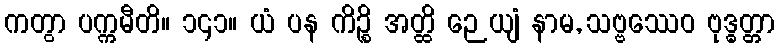
ကတွာ ပက္ကမီတိ။ ၁၄၁။ ယံ ပန ကိဉ္စိ အတ္ထိ ဉေယျံ နာမ, သဗ္ဗဿေဝ ဗုဒ္ဓတ္တာ